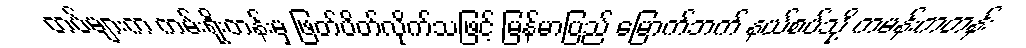
တပ်များက ကမ်းရိုးတန်းမှ ဖြတ်ပိတ်လိုက်သဖြင့် မြန်မာပြည် မြောက်ဘက် နယ်စပ်သို့ ကမန်းကတန်း